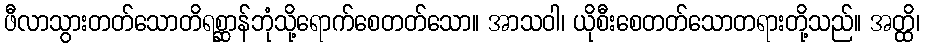
ဖီလာသွားတတ်သောတိရစ္ဆာန်ဘုံသို့ရောက်စေတတ်သော။ အာသဝါ၊ ယိုစီးစေတတ်သောတရားတို့သည်။ အတ္ထိ၊